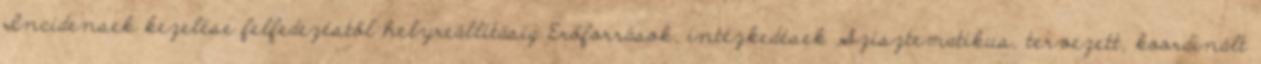
Incidensek kezelése felfedezéstől helyreállításig Erőforrások, intézkedések Szisztematikus, tervezett, koordinált